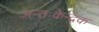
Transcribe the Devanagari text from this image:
अन्तःकेन्द्रक